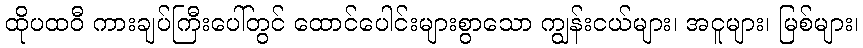
ထိုပထဝီ ကားချပ်ကြီးပေါ်တွင် ထောင်ပေါင်းများစွာသော ကျွန်းငယ်များ၊ အငူများ၊ မြစ်များ၊